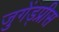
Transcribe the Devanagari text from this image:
जुगेंड्प्रीस